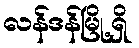
လန်ဒန်မြို့ရှိ